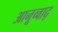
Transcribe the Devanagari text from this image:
आनूव्वाद्